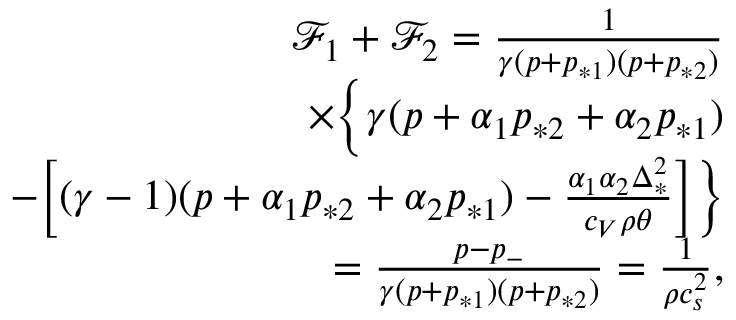
\begin{array} { r } { \mathcal { F } _ { 1 } + \mathcal { F } _ { 2 } = \frac { 1 } { \gamma ( p + p _ { * 1 } ) ( p + p _ { * 2 } ) } } \\ { \times \Big \{ \gamma ( p + \alpha _ { 1 } p _ { * 2 } + \alpha _ { 2 } p _ { * 1 } ) } \\ { - \Big [ ( \gamma - 1 ) ( p + \alpha _ { 1 } p _ { * 2 } + \alpha _ { 2 } p _ { * 1 } ) - \frac { \alpha _ { 1 } \alpha _ { 2 } \Delta _ { * } ^ { 2 } } { c _ { V } \rho \theta } \Big ] \Big \} } \\ { = \frac { p - p _ { - } } { \gamma ( p + p _ { * 1 } ) ( p + p _ { * 2 } ) } = \frac { 1 } { \rho c _ { s } ^ { 2 } } , } \end{array}